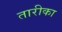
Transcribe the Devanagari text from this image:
तारीका